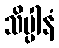
သိပ္ပါနံ